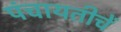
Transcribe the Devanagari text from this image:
पंचायतीचें